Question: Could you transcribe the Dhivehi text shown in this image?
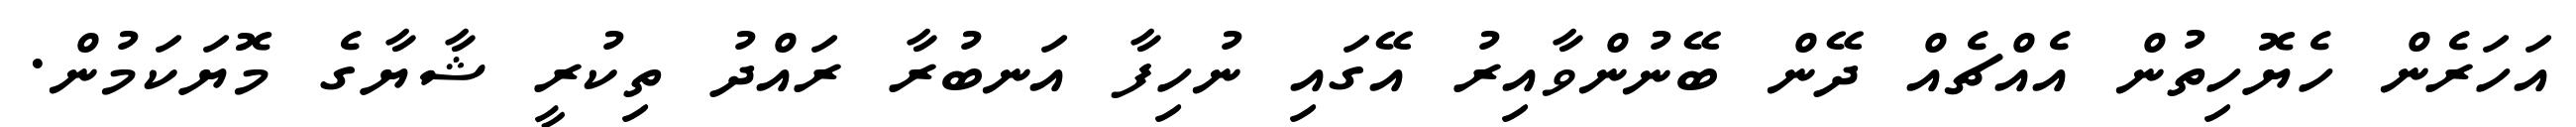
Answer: އަހަރެން ހެޔޮހިތުން އެއްޗެއް ދޭން ބޭނުންވާއިރު އޭގައި ނުހިފާ އަނބުރާ ރައްދު ތިކުރީ ޝާޔާގެ މޮޔަކަމުން.